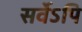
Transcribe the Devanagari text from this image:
सर्वेऽपि